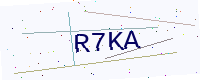
Text: R7KA